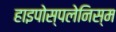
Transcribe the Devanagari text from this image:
हाइपोस्पलेनिस्म